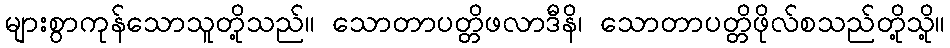
များစွာကုန်သောသူတို့သည်။ သောတာပတ္တိဖလာဒီနိ၊ သောတာပတ္တိဖိုလ်စသည်တို့သို့။